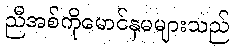
ညီအစ်ကိုမောင်နှမများသည်